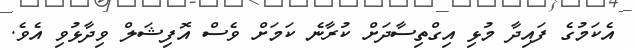
އެކަމުގެ ފައިދާ މުޅި އިގްތިސާދަށް ކުރާނެ ކަމަށް ވެސް އޮފިޝަލް ވިދާޅުވި އެވެ.